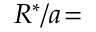
R ^ { * } / a \! =